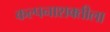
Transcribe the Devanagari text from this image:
कल्पनाशक्तीला